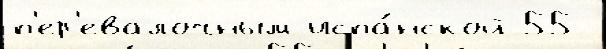
п'ер'евалочным испа́нской 55